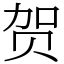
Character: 贺